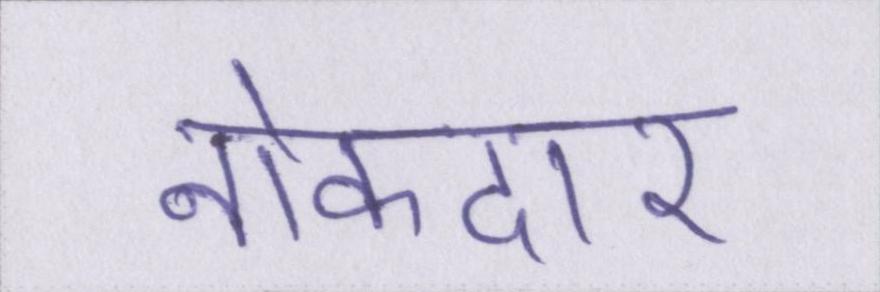
नोकदार